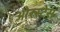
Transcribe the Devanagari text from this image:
ओरस्टेस